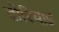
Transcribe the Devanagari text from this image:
दोरियाइ